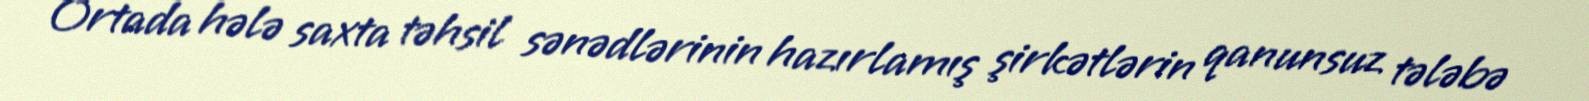
Ortada hələ saxta təhsil sənədlərinin hazırlamış şirkətlərin qanunsuz tələbə